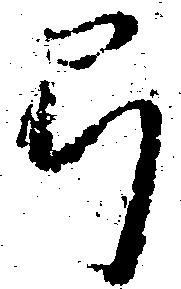
弓